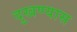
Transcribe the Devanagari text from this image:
दुखण्यास